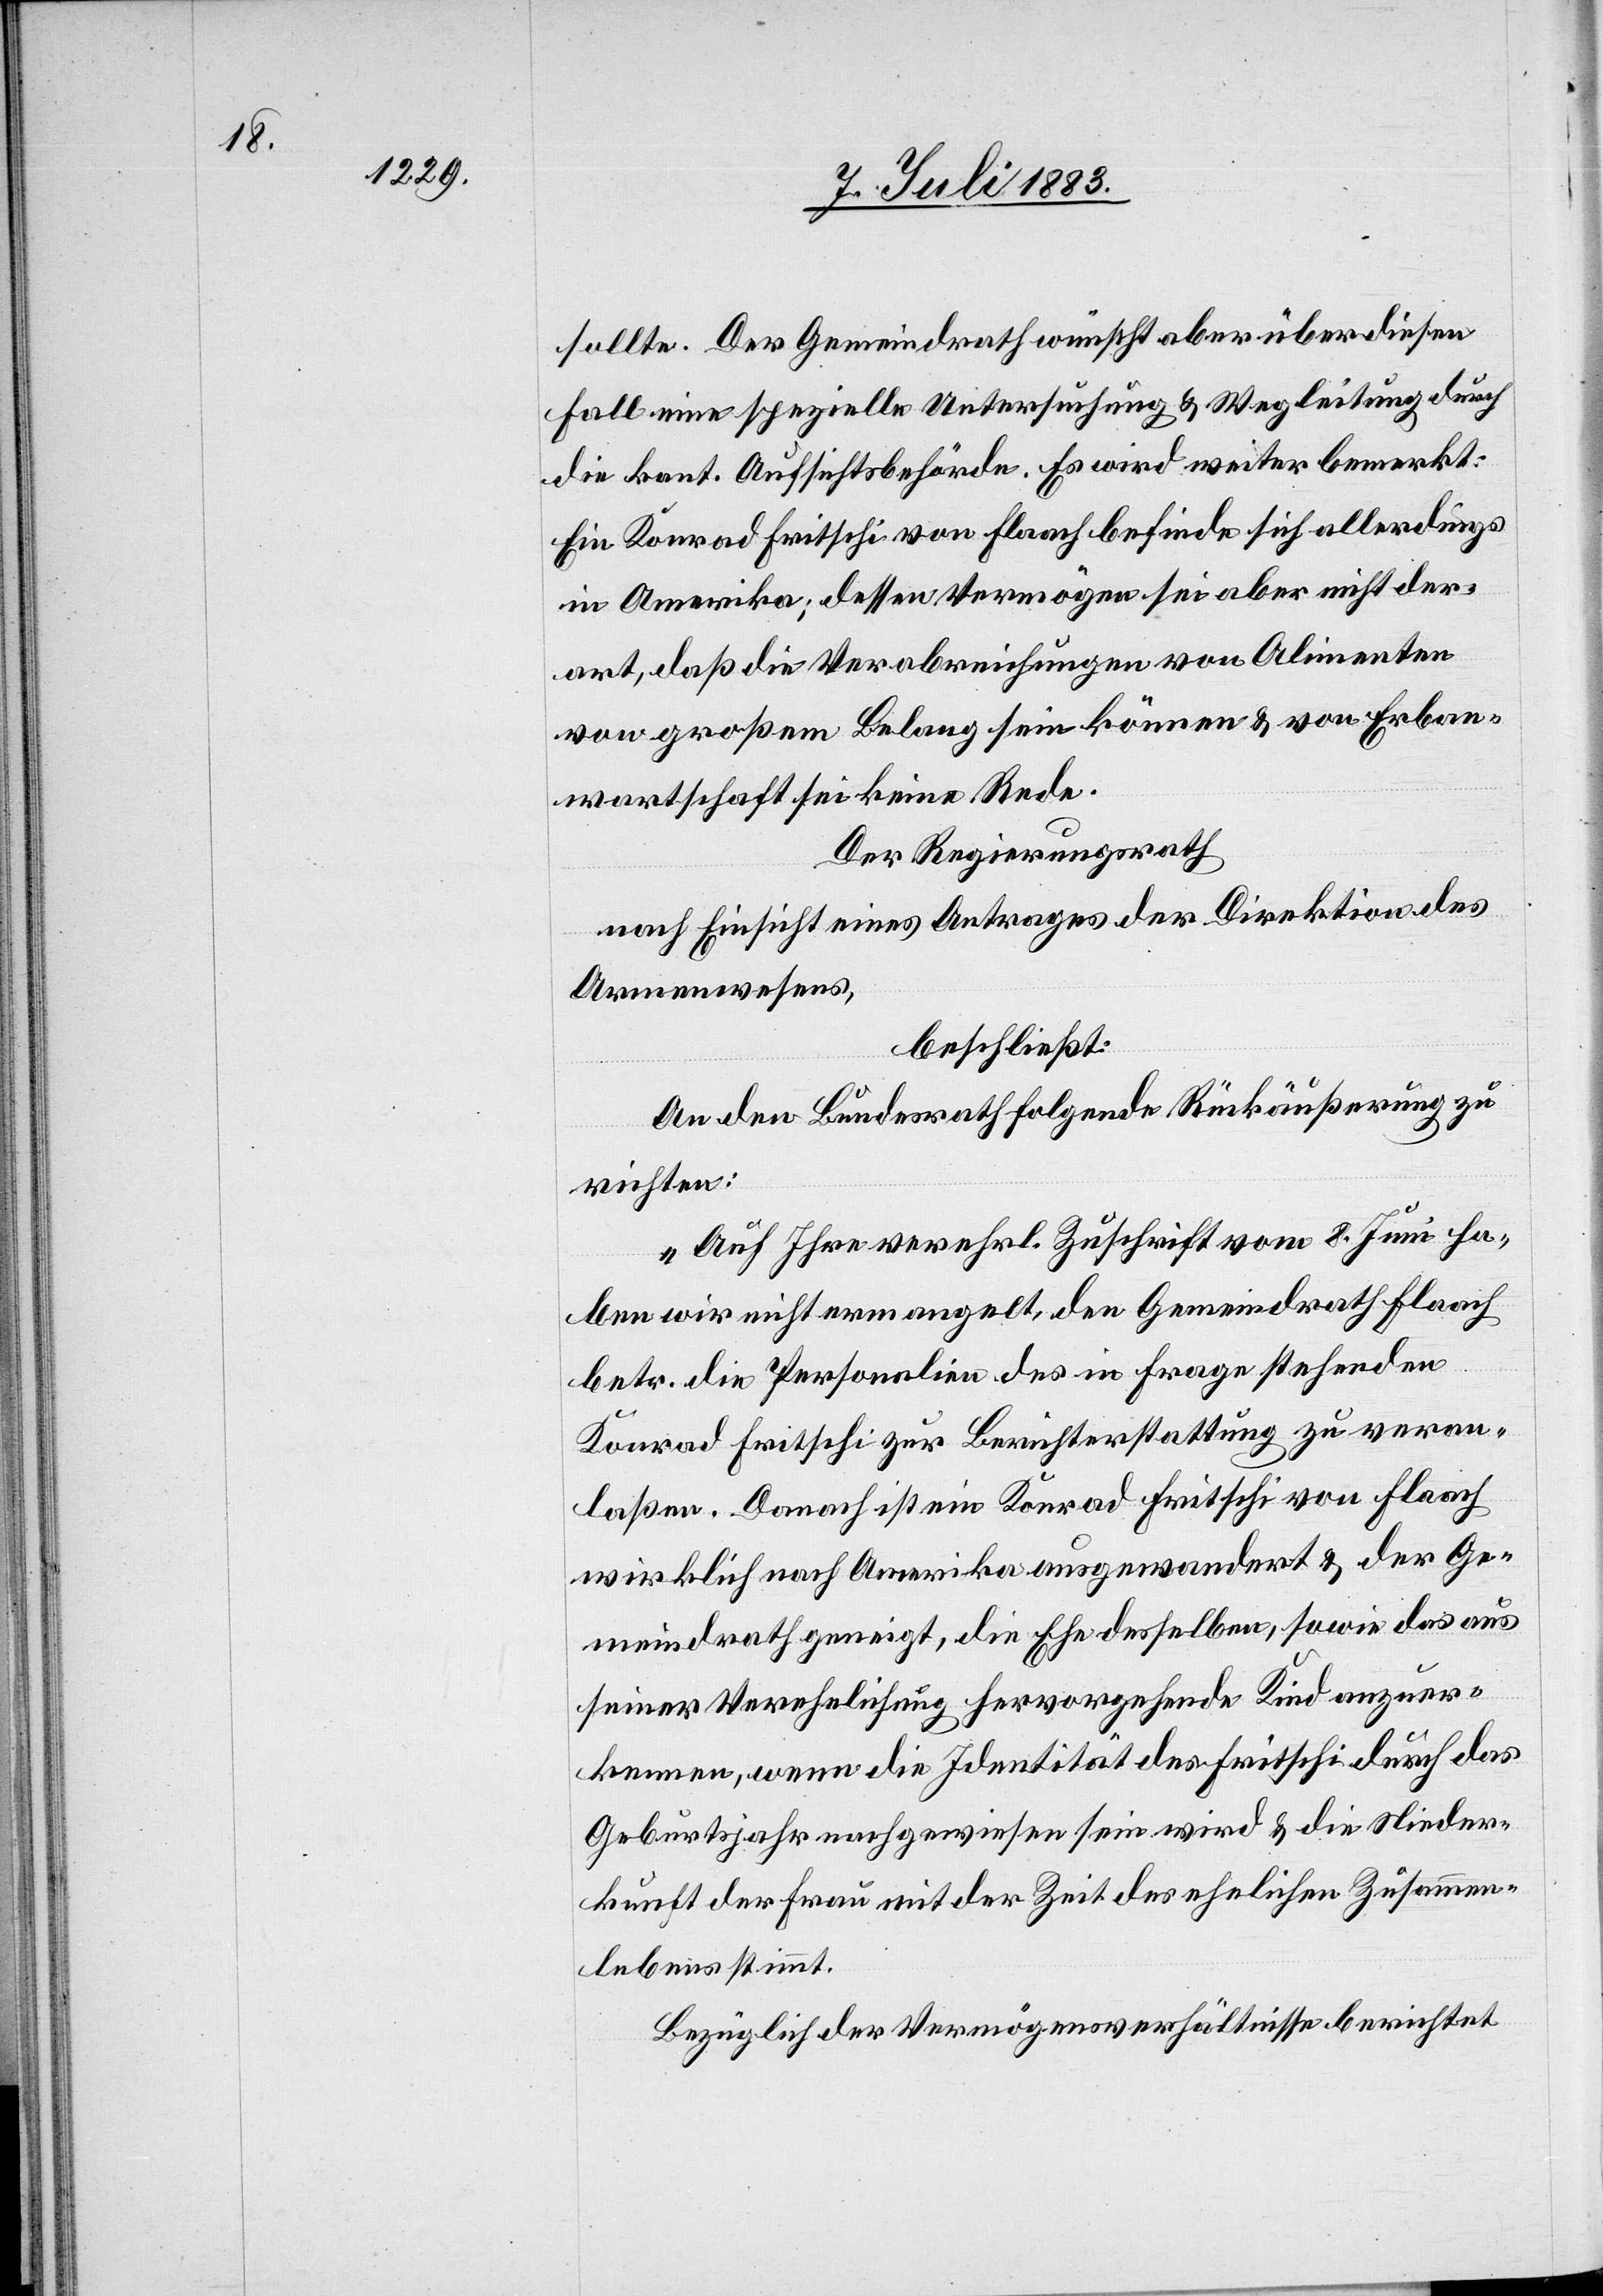
sollte. Der Gemeindrath wünscht aber über diesen
Fall eine spezielle Untersuchung & Wegleitung durch
die kant. Aufsichtsbehörde. Es wird weiter bemerkt:
Ein Konrad Fritschi von Flaach befinde sich allerdings
in Amerika; dessen Vermögen sei aber nicht der¬
art, daß die Verabreichungen von Alimenten
von großem Belang sein können & von Erban¬
wartschaft sei keine Rede.
Der Regierungsrath,
nach Einsicht eines Antrages der Direktion des
Armenwesens,
beschließt:
An den Bundesrath folgende Rückäußerung zu
richten:
„Auf Ihre verehrl. Zuschrift vom 8. Juni ha¬
ben wird nicht ermangelt, den Gemeindrath Flaach
betr. die Personalien des in Frage stehenden
Konrad Fritschi zur Berichterstattung zu veran¬
laßen. Demnach ist ein Konrad Fritschi von Flaach
wirklich nach Amerika ausgewandert & der Ge¬
meindrath geneigt, die Ehe desselben, sowie das aus
seiner Verehelichung hervorgehende Kind anzuer¬
kennen, wenn die Identität des Fritschi durch das
Geburtsjahr nachgewiesen sein wird & die Nieder¬
kunft der Frau mit der Zeit des ehelichen Zusammen¬
lebens stimmt.
Bezüglich der Vermögensverhältnisse berichtet